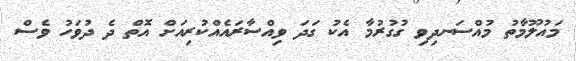
މައުލޫމާތު މުއްސަނދިވި ގުގުރުމާ އެކު ގަދަ ވިއްސާރައެއްކުރިއަށް އޮތް ދެ ދުވަހު ވެސް